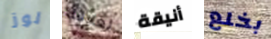
لوز لعلاقة أنيقة بخلع